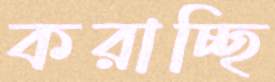
করাচ্ছি